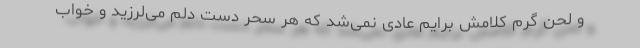
و لحن گرم کلامش برایم عادی نمی‌شد که هر سحر دست دلم می‌لرزید و خواب